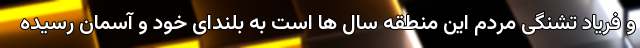
و فریاد تشنگی مردم این منطقه سال ها است به بلندای خود و آسمان رسیده